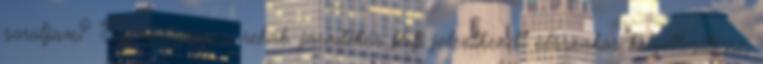
soroljam? Egy negyvenes, rehab. járadékos férfi jelentkezett időszakos helyettesítésre,